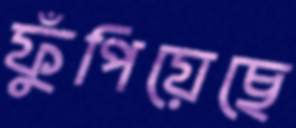
ফুঁপিয়েছে